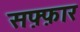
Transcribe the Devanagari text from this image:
सफ़्फ़ार